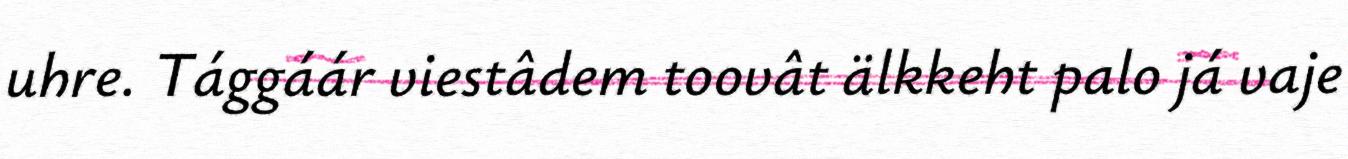
uhre. Tággáár viestâdem toovât älkkeht palo já vaje